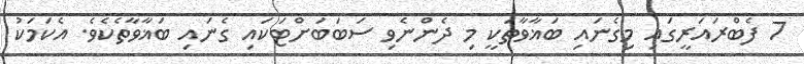
7 ފެބްރައަރީގައި މިގެނައި ބަޣާވާތަކީ މި ދެންނެވި ސަބަބަށްޓަކައި ގެނައި ބަޣާވާތެކެވެ. އެކަމަކު